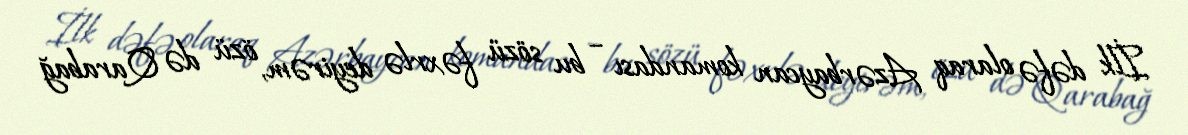
İlk dəfə olaraq Azərbaycan komandası – bu sözü fəxrlə deyirəm, özü də Qarabağ